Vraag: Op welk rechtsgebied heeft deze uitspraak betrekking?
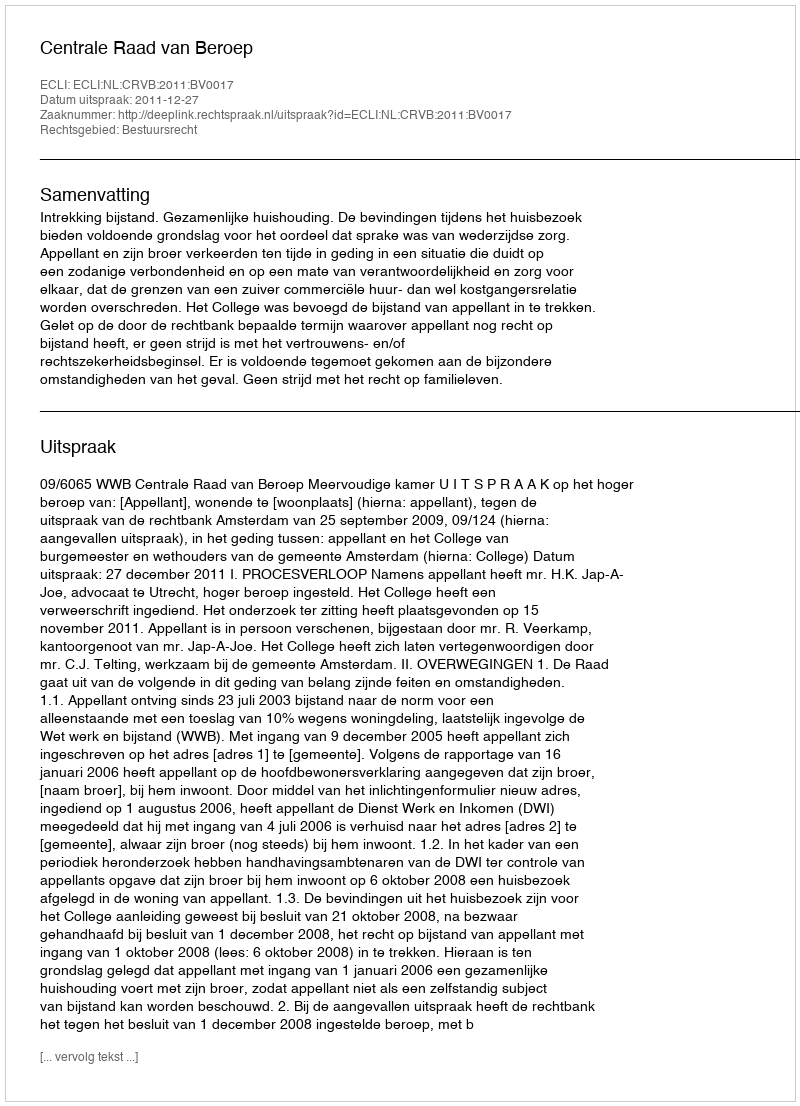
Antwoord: Bestuursrecht